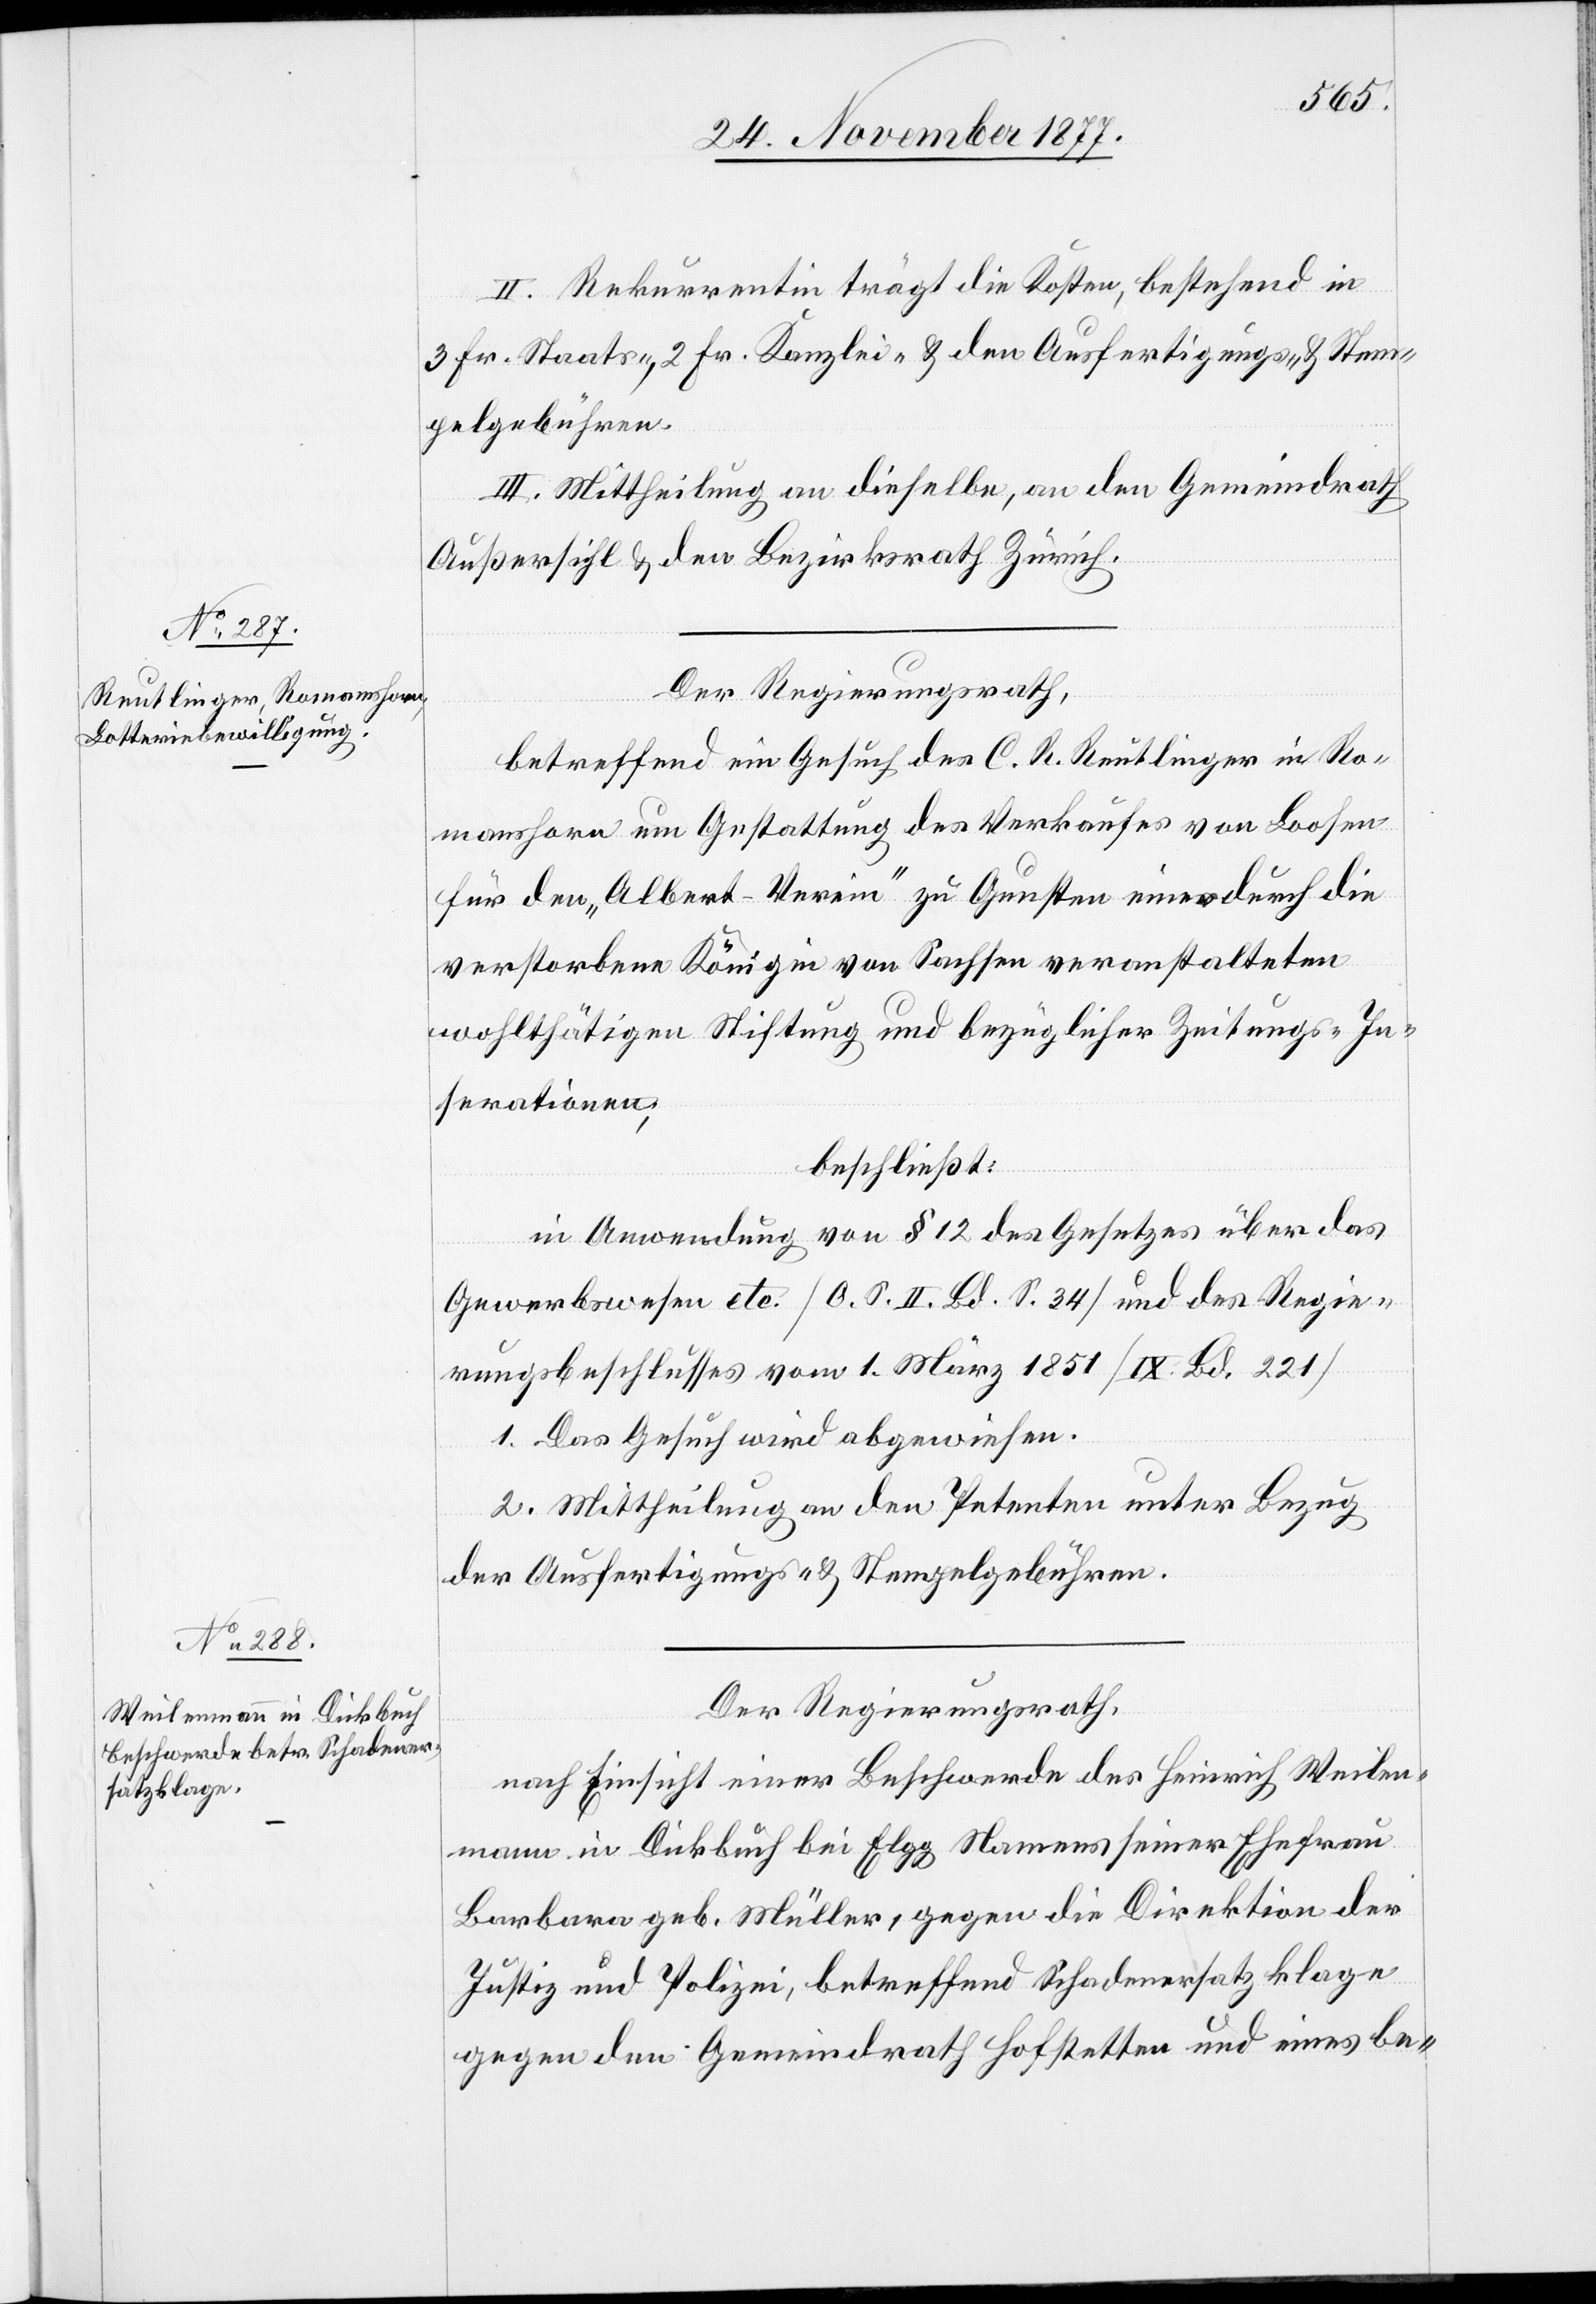
II. Rekurrentin trägt die Kosten, bestehend in
3 Fr. Staats-, 2 Fr. Kanzlei- & den Ausfertigungs- & Stem¬
pelgebühren.
III. Mittheilung an dieselbe, an den Gemeindrath
Außersihl & den Bezirksrath Zürich.
Der Regierungsrath,
betreffend ein Gesuch des C. R. Reutlinger in Ro¬
manshorn um Gestattung des Verkaufes von Loosen
für den „Albert-Verein“ zu Gunsten einer durch die
verstorbene Königin von Sachsen veranstalteten
wohlthätigen Stiftung und bezüglicher Zeitungs-In¬
serationen;
beschließt:
in Anwendung von § 12 des Gesetzes über das
Gewerbswesen etc. [O. S. II. Bd. S. 34] und des Regie¬
rungsbeschlusses vom 1. März 1851 [IX. Bd. 221]
1. Das Gesuch wird abgewiesen.
2. Mittheilung an den Petenten unter Bezug
der Ausfertigungs- & Stempelgebühren.
Der Regierungsrath,
nach Einsicht einer Beschwerde des Heinrich Weilen¬
mann in Dickbuch bei Elgg Namens seiner Ehefrau
Barbara geb. Müller, gegen die Direktion der
Justiz und Polizei, betreffend Schadenersatzklage
gegen den Gemeindrath Hofstetten und eines be-